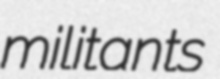
militants